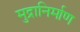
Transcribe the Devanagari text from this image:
मुद्रानिर्माण